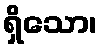
ရှိသော၊